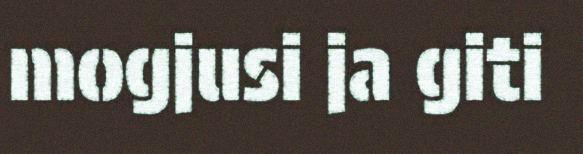
mogjusi ja giti